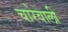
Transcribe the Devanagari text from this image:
चारेवाली